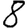
Digit: 8